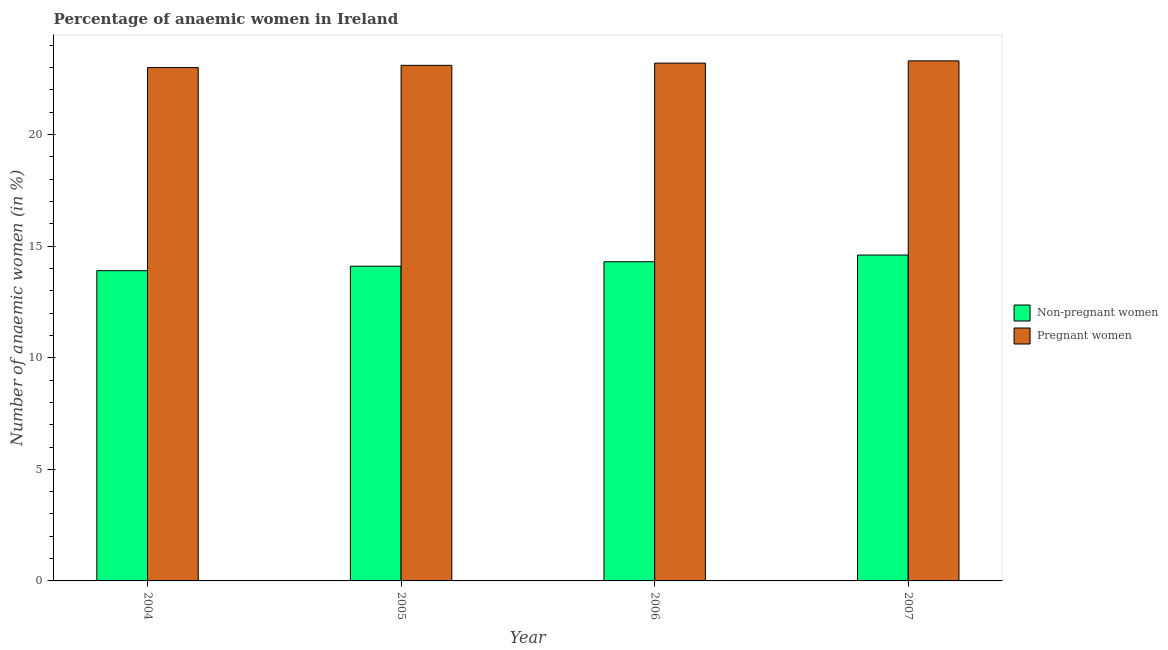
| Year | Non-pregnant women | Pregnant women |
 | --- | --- | --- |
 | 2004 | 13.9 | 23 |
 | 2005 | 14.1 | 23.1 |
 | 2006 | 14.3 | 23.2 |
 | 2007 | 14.6 | 23.3 |